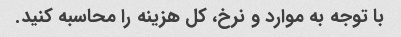
با توجه به موارد و نرخ، کل هزینه را محاسبه کنید.